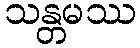
သန္တမဿ